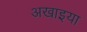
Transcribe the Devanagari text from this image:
अखाइया